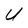
Character: U